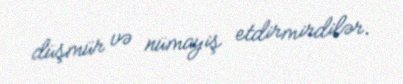
düşmür və nümayiş etdirmirdilər.